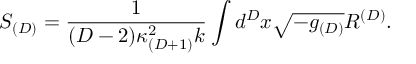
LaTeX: S _ { ( D ) } = \frac { 1 } { ( D - 2 ) \kappa _ { ( D + 1 ) } ^ { 2 } k } \int d ^ { D } x \sqrt { - g _ { ( D ) } } R ^ { ( D ) } .